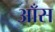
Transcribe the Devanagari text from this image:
आँस